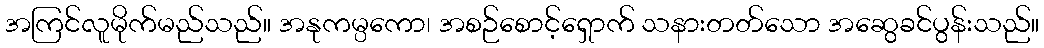
အကြင်လူမိုက်မည်သည်။ အနုကမ္ပကော၊ အစဉ်စောင့်ရှောက် သနားတတ်သော အဆွေခင်ပွန်းသည်။